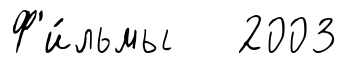
Ф'и́льмы 2003